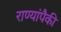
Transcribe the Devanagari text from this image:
राण्यांपैकी